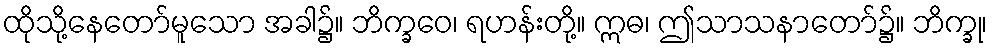
ထိုသို့နေတော်မူသော အခါ၌။ ဘိက္ခဝေ၊ ရဟန်းတို့။ ဣဓ၊ ဤသာသနာတော်၌။ ဘိက္ခု၊